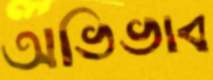
অভিভাব